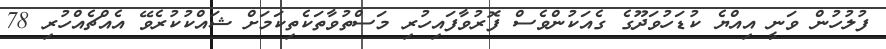
ފުލުހުން ވަނީ އިއްޔެ ކުޑަހުވަދޫގެ ގެއަކުންވެސް ފޮރުވާފައިހުރި މަސްތުވާތަކެތިކަމަށް ޝައްކުކުރެވޭ އެއްޗެއްހުރި 78